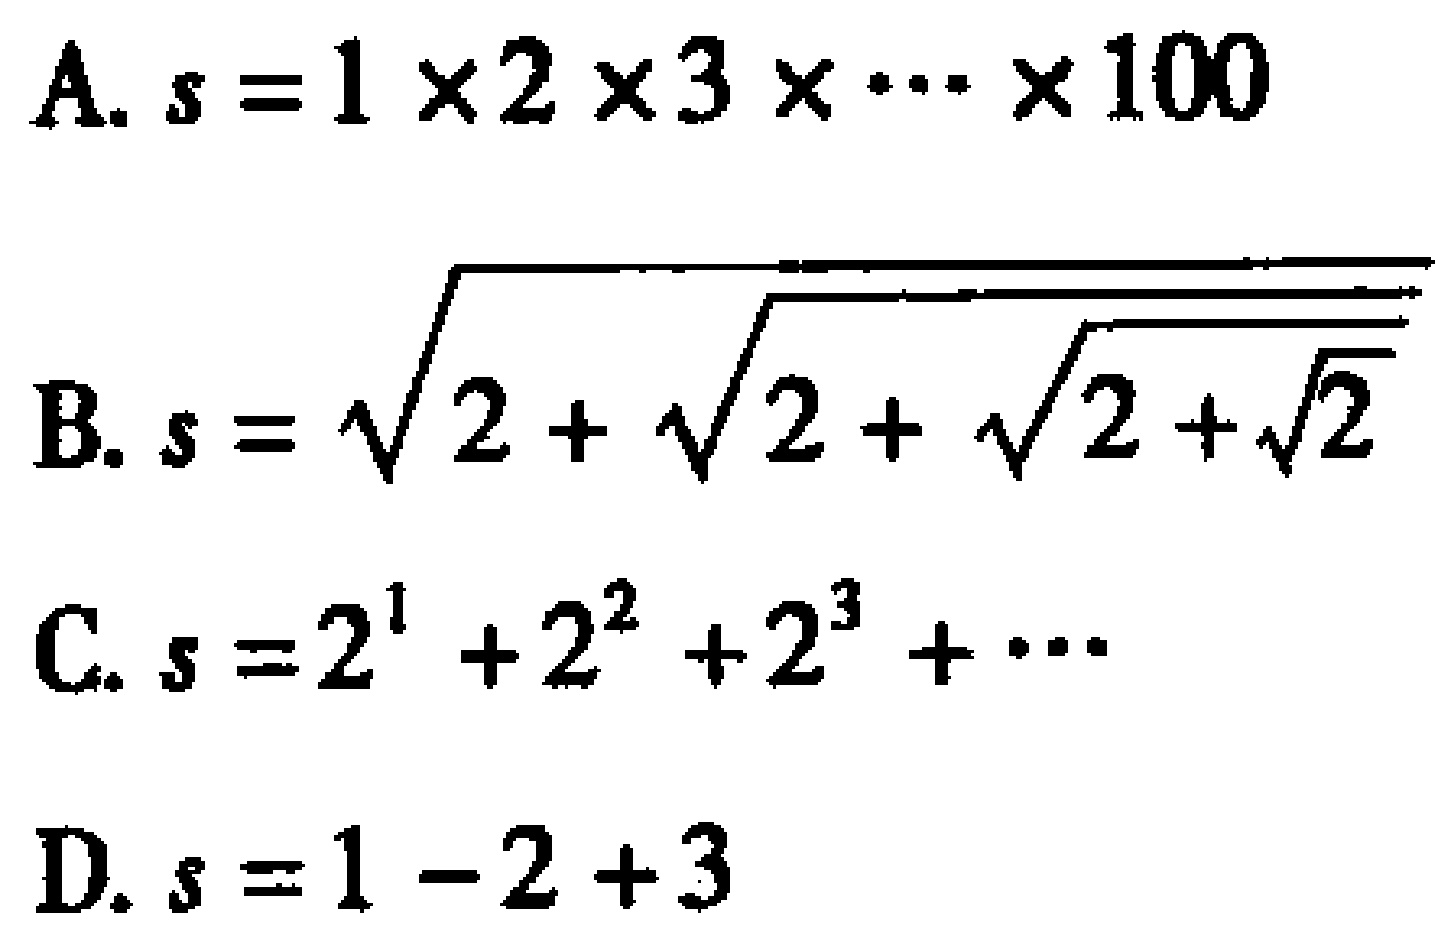
A. \(s = 1\times2\times3\times\cdots\times100\)
B. \(s = \sqrt{2+\sqrt{2+\sqrt{2+\sqrt{2}}}}\)
C. \(s = 2^{1}+2^{2}+2^{3}+\cdots\)
D. \(s = 1 - 2 + 3\)